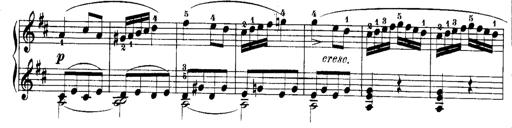
Title: Rondos and Sonatinas for Pianoforte
Composer: Daniel Steibelt